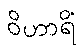
ဝိဟာရိံ